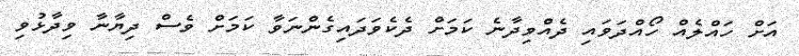
އަށް ހައްލެއް ހޯއްދަވައި ދެއްވިދާނެ ކަމަށް ދެކެވަދައިގެންނަވާ ކަަމަށް ވެސް ދިޔާނާ ވިދާޅުވި